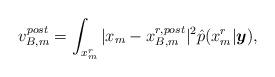
LaTeX: \begin{align*}v_{B,m}^{post}=\int_{x_{m}^{r}}|x_{m}-x_{B,m}^{r,post}|^{2}\hat{p}(x_{m}^{r}|\boldsymbol{y}),\end{align*}